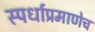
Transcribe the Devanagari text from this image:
स्पर्धाप्रमाणेच